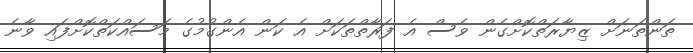
ތަންތަނަށް ޒިޔާރަތްކޮށްގެން ވެސް އެ ފަރާތްތަކަށް އެ ކަން އެންގުމުގެ މަސައްކަތްކޮށްފައި ވާނެ